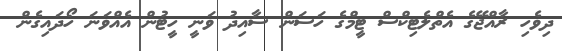
ދިވެހި ރާއްޖޭގެ އެތްލެޓިކްސް ޓީމްގެ ހަސަން ސާއިދު ވަނީ ހީޓުން އެއްވަނަ ހޯދައިގެން